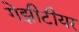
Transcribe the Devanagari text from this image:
गेझीटीयर